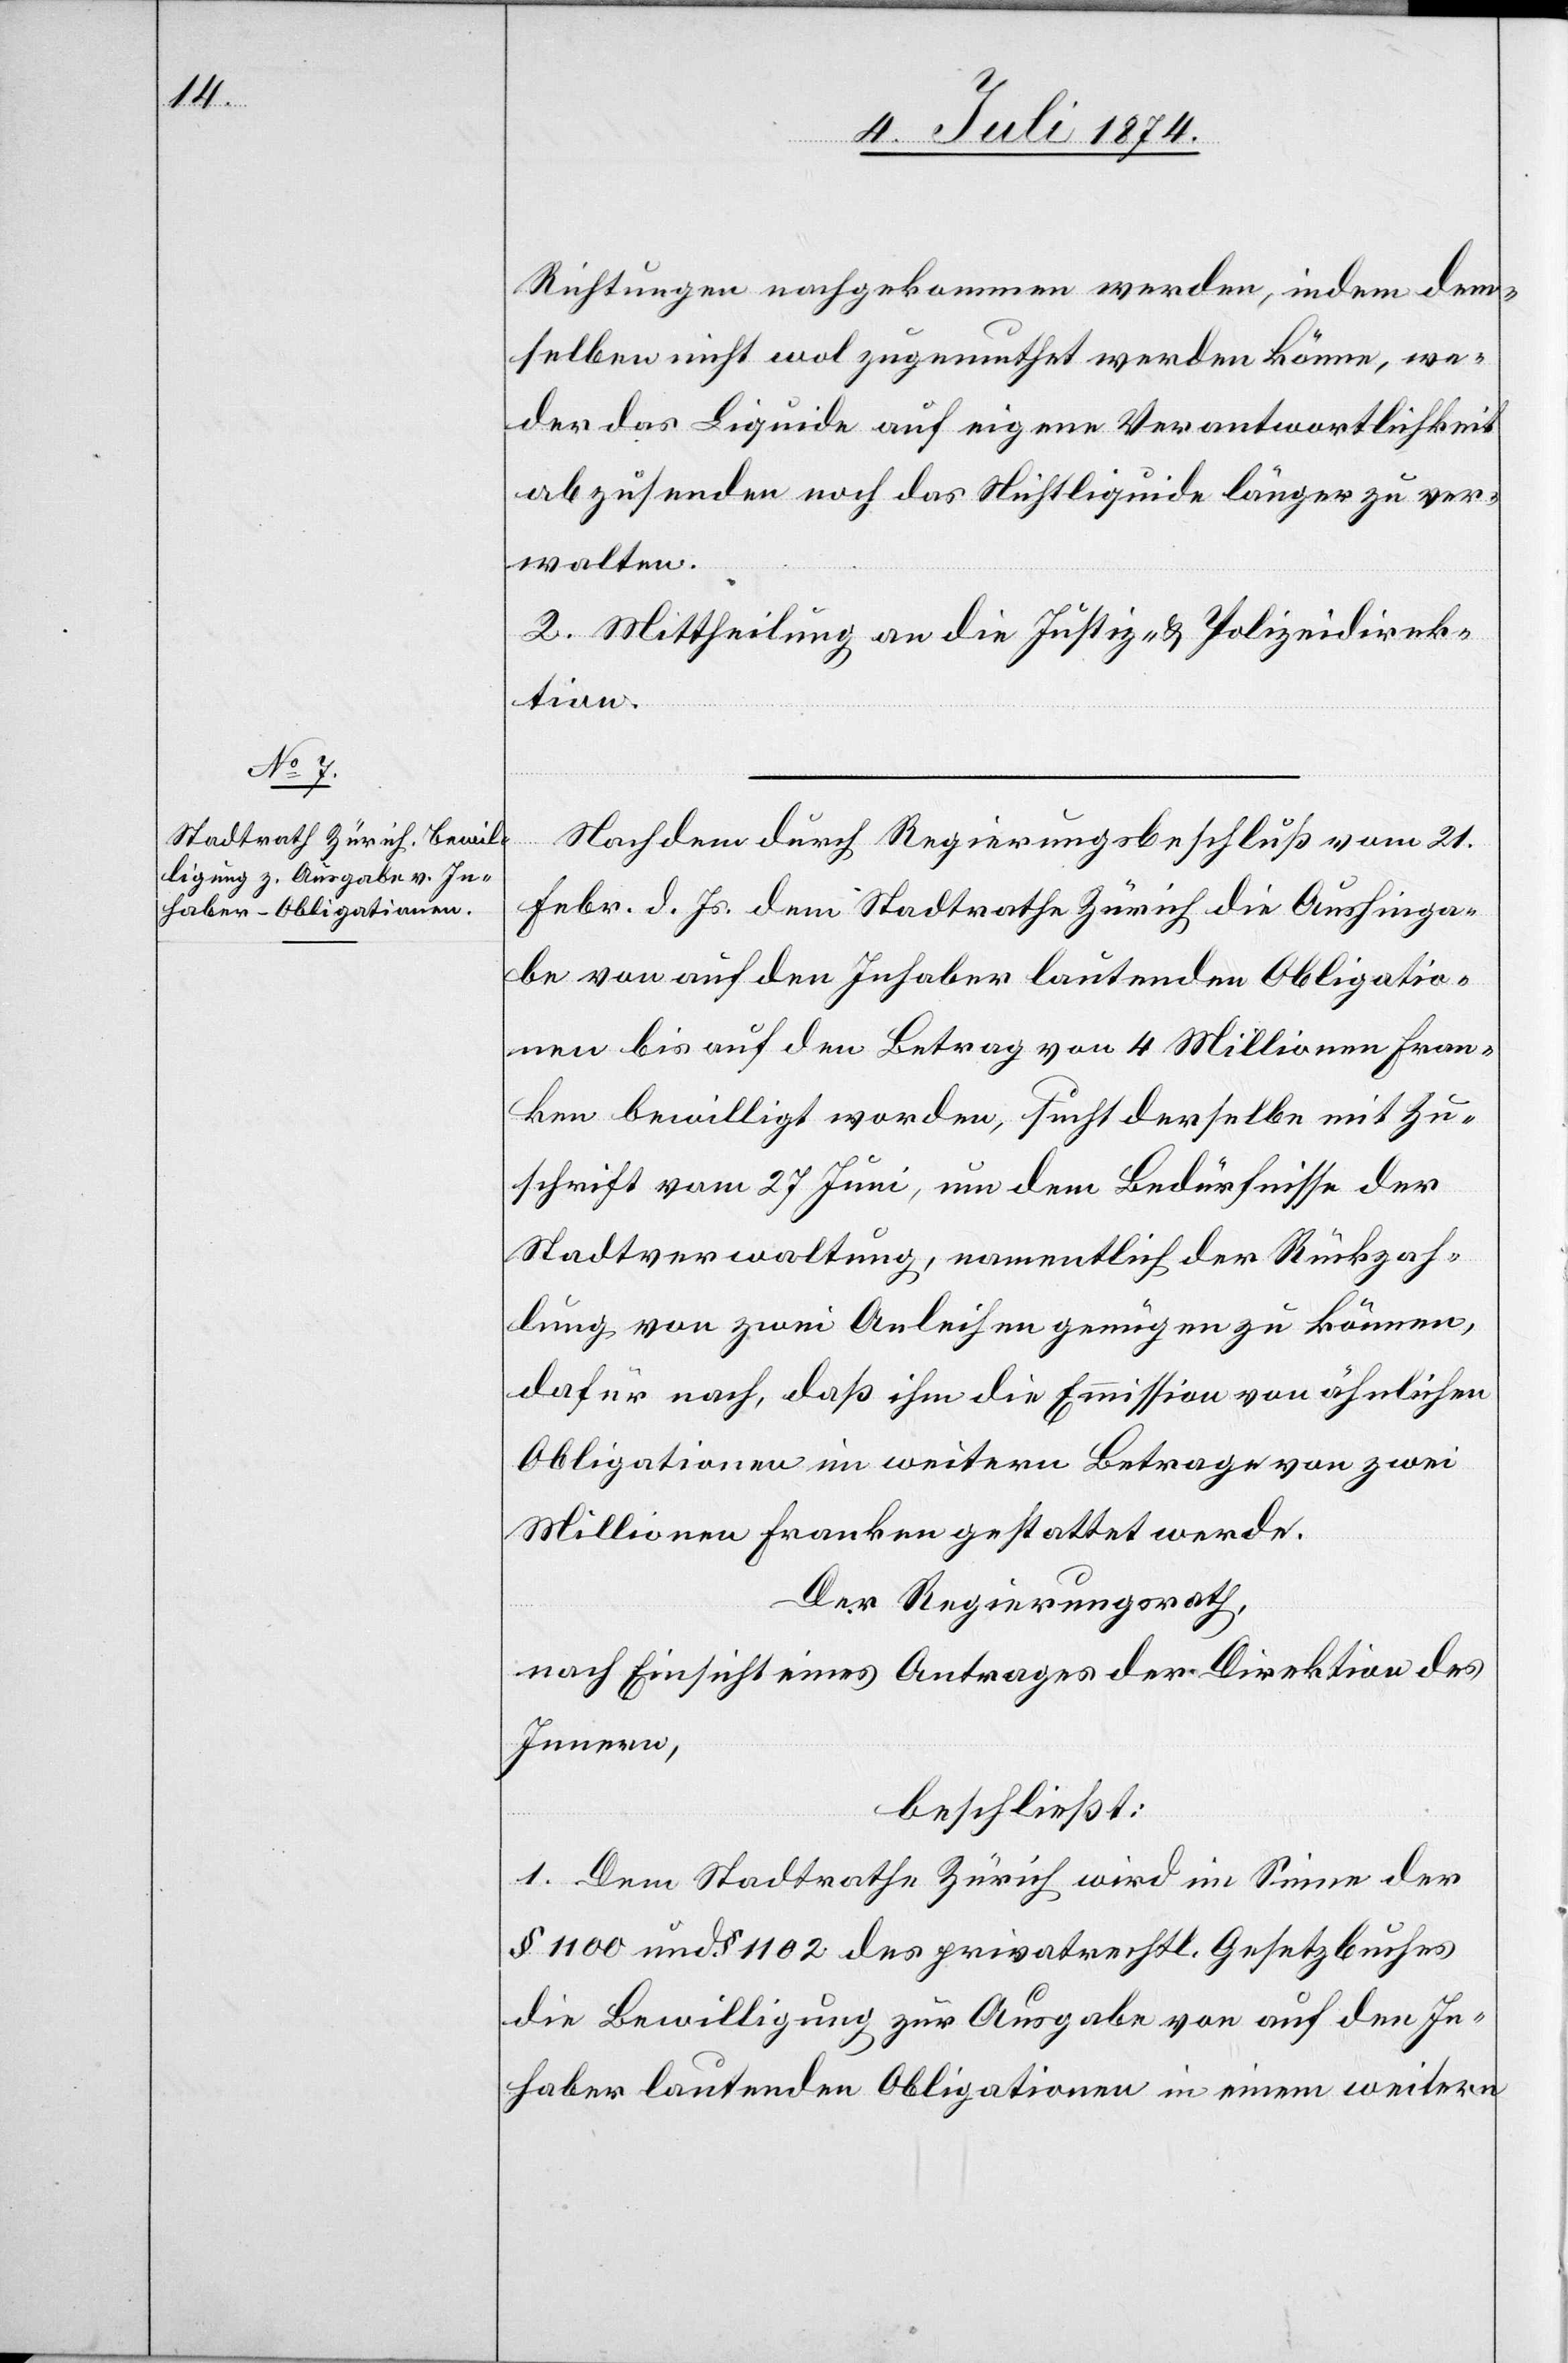
Richtungen nachgekommen werden, indem dem¬
selben nicht wol zugemuthet werden könne, we¬
der das Liquide auf eigene Verantwortlichkeit
abzusenden, noch das Nichtliquide länger zu ver¬
walten.
2. Mittheilung an die Justiz- u. Polizeidirek¬
tion.
Nachdem durch Regierungsbeschluß vom 21.
Febr. d. Js. dem Stadtrathe Zürich die Aushinga¬
be von auf den Inhaber lautenden Obligatio¬
nen bis auf den Betrag von 4 Millionen Fran¬
ken bewilligt worden, sucht derselbe mit Zu¬
schrift vom 27. Juni, um dem Bedürfnisse der
Stadtverwaltung, namentlich der Rückzah¬
lung von zwei Anleihen genügen zu können,
dafür nach, daß ihm die Emission von ähnlichen
Obligationen im weitern Betrage von zwei
Millionen Franken gestattet werde.
Der Regierungsrath,
nach Einsicht eines Antrages der Direktion des
Innern,
beschließt:
1. Dem Stadtrathe Zürich wird im Sinne der
§ 1100 und § 1102 des privatrechtl. Gesetzbuches
die Bewilligung zur Ausgabe von auf den In¬
haber lautenden Obligationen in einem weitern